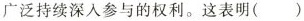
广泛持续深入参与的权利。这表明( )